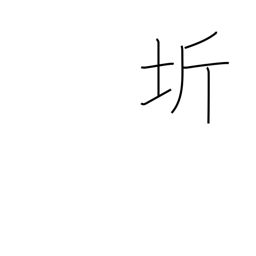
Meaning: region surrounding the capital